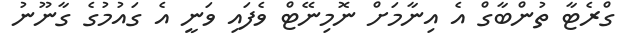
ގްރެޓާ ތުންބާގް އެ އިނާމަށް ނޮމިނޭޓް ވެފައި ވަނީ އެ ގައުމުގެ ގާނޫނު